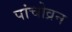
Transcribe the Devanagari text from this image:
पांचोव्रन